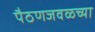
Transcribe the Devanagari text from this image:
पैठणजवळच्या